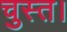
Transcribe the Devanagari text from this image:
चुस्त।